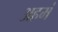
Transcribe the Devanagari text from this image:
अहमं